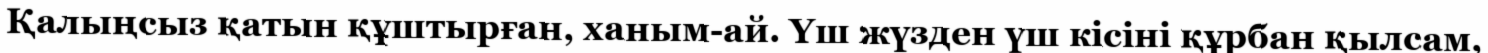
Қалыңсыз қатын құштырған, ханым-ай. Үш жүзден үш кісіні құрбан қылсам,